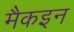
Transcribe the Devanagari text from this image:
मैकइन